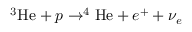
^ 3 \mathrm { H e } + p \rightarrow ^ { 4 } \mathrm { H e } + e ^ { + } + \nu _ { e }